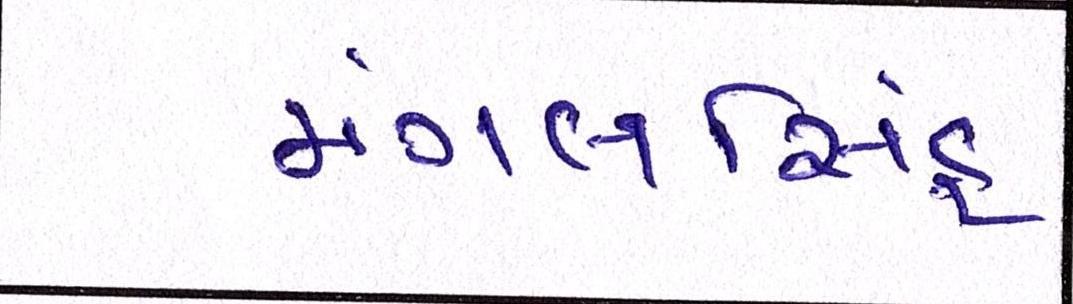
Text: મંગલસિંહ